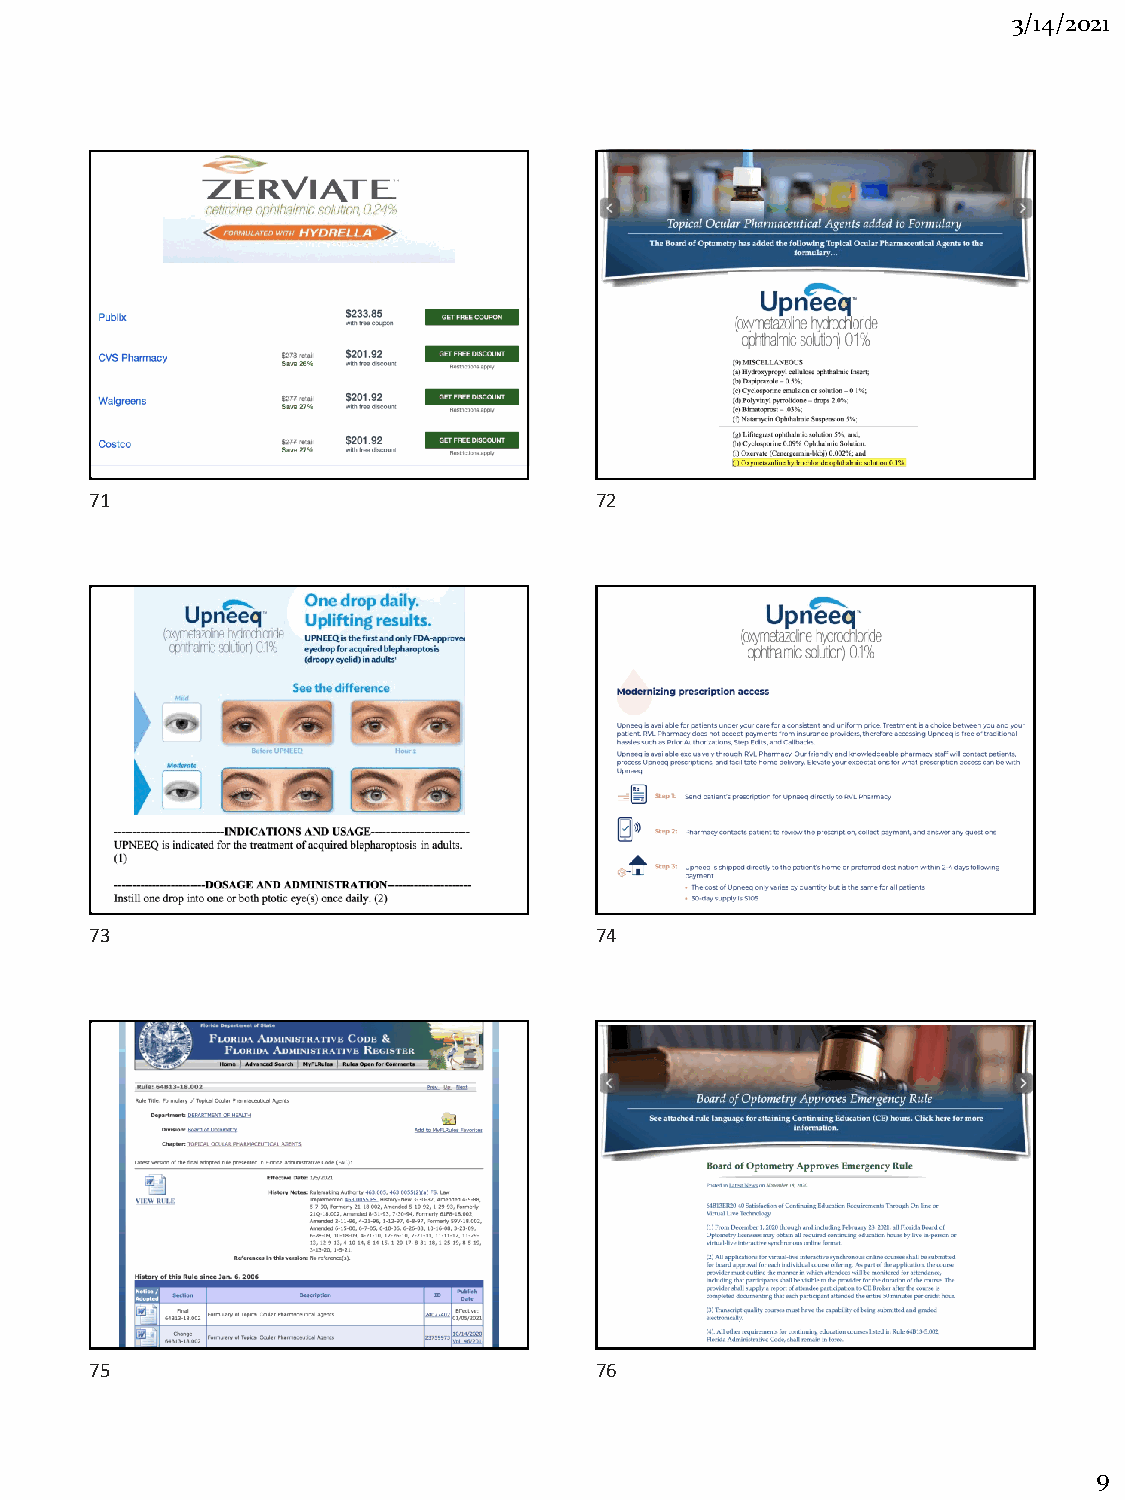
3/14/2021
 71                               72
 73                               74
 75                               76
 9